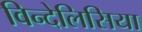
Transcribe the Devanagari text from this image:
विन्देलिसिया